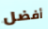
أفضل